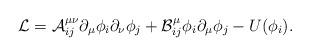
LaTeX: \begin{align*}{\cal {L}}={\cal {A}}_{ij}^{\mu \nu }\partial _{\mu }\phi _{i}\partial _{\nu }\phi _{j}+{\cal {B}}_{ij}^{\mu }\phi _{i}\partial _{\mu }\phi _{j}-U(\phi _{i}).\end{align*}